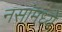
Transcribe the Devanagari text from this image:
नसांमध्ये